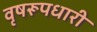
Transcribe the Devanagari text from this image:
वृषरूपधारी